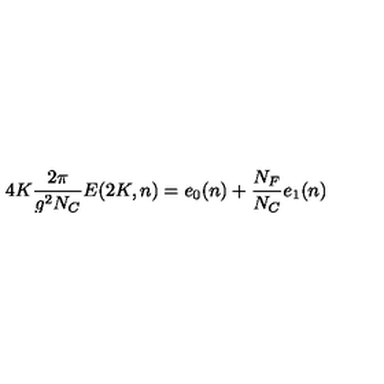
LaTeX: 4 K \frac { 2 \pi } { g ^ { 2 } N _ { C } } E ( 2 K , n ) = e _ { 0 } ( n ) + \frac { N _ { F } } { N _ { C } } e _ { 1 } ( n )